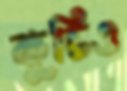
কুচিও